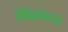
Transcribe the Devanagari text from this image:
वैदिकेतर